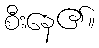
စီးနေ၏။